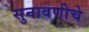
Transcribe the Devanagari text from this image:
सुनावणीचे